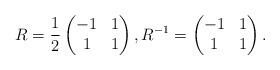
LaTeX: \begin{align*}R=\frac 12\begin{pmatrix}-1 & 1\\1 & 1\end{pmatrix},R^{-1}=\begin{pmatrix}-1 & 1\\1 & 1\end{pmatrix}.\end{align*}